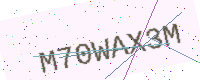
Text: M70WAX3M